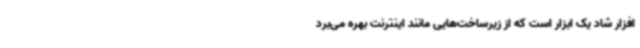
افزار شاد یک ابزار است که از زیرساخت‌هایی مانند اینترنت بهره می‌برد